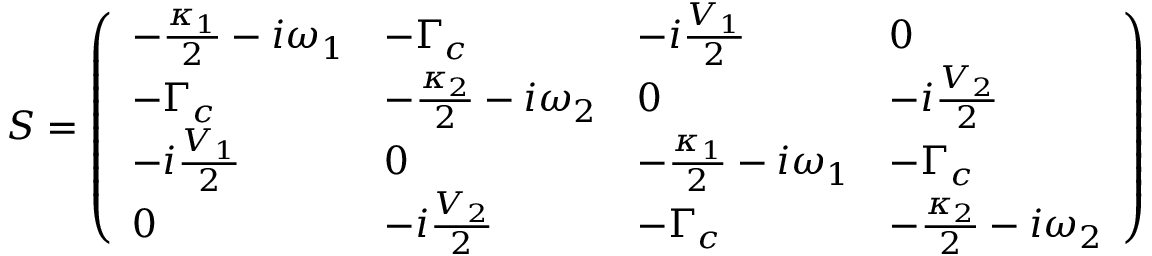
S = \left( \begin{array} { l l l l } { - \frac { \kappa _ { 1 } } { 2 } - i \omega _ { 1 } } & { - \Gamma _ { c } } & { - i \frac { V _ { 1 } } { 2 } } & { 0 } \\ { - \Gamma _ { c } } & { - \frac { \kappa _ { 2 } } { 2 } - i \omega _ { 2 } } & { 0 } & { - i \frac { V _ { 2 } } { 2 } } \\ { - i \frac { V _ { 1 } } { 2 } } & { 0 } & { - \frac { \kappa _ { 1 } } { 2 } - i \omega _ { 1 } } & { - \Gamma _ { c } } \\ { 0 } & { - i \frac { V _ { 2 } } { 2 } } & { - \Gamma _ { c } } & { - \frac { \kappa _ { 2 } } { 2 } - i \omega _ { 2 } } \end{array} \right)